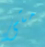
متى